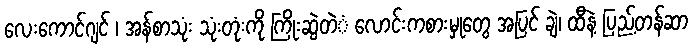
လေးကောင်ဂျင် ၊ အန်စာသုံး သုံးတုံးကို ကြိုးဆွဲတဲံ လောင်းကစားမှုတွေ အပြင် ချဲ၊ ထီနဲ့ ပြည့်တန်ဆာ